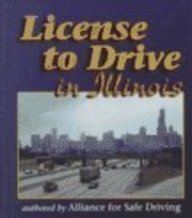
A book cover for LICENSE TO DRIVE: ILLINOIS; Alliance for Safe Driving; Test Preparation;